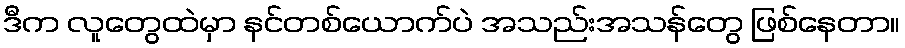
ဒီက လူတွေထဲမှာ နင်တစ်ယောက်ပဲ အသည်းအသန်တွေ ဖြစ်နေတာ။